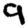
Digit: 9